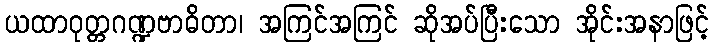
ယထာဝုတ္တဂဏ္ဍဗာဓိတာ၊ အကြင်အကြင် ဆိုအပ်ပြီးသော အိုင်းအနာဖြင့်